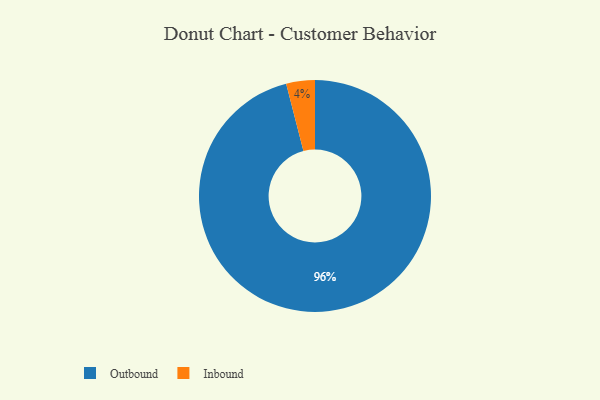
{"axis": {"x": "Category", "y": "Percentage"}, "legend": ["Inbound", "Outbound"], "data": [{"x": "Inbound", "y": 4, "type": "Inbound"}, {"x": "Outbound", "y": 96, "type": "Outbound"}]}